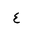
Letter: _ayn